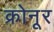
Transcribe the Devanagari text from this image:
क्रोनूर